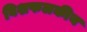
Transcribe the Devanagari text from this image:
विशफलकीय